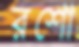
রশো